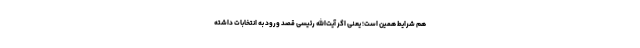
هم شرایط همین است؛ یعنی اگر آیت‌الله رئیسی قصد ورود به انتخابات داشته